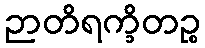
ဉာတိရက္ခိတဉ္စ